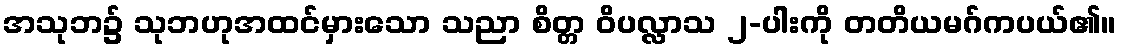
အသုဘ၌ သုဘဟုအထင်မှားသော သညာ စိတ္တ ဝိပလ္လာသ ၂-ပါးကို တတိယမဂ်ကပယ်၏။